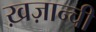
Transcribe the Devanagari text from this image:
ख़ज़ान्ची